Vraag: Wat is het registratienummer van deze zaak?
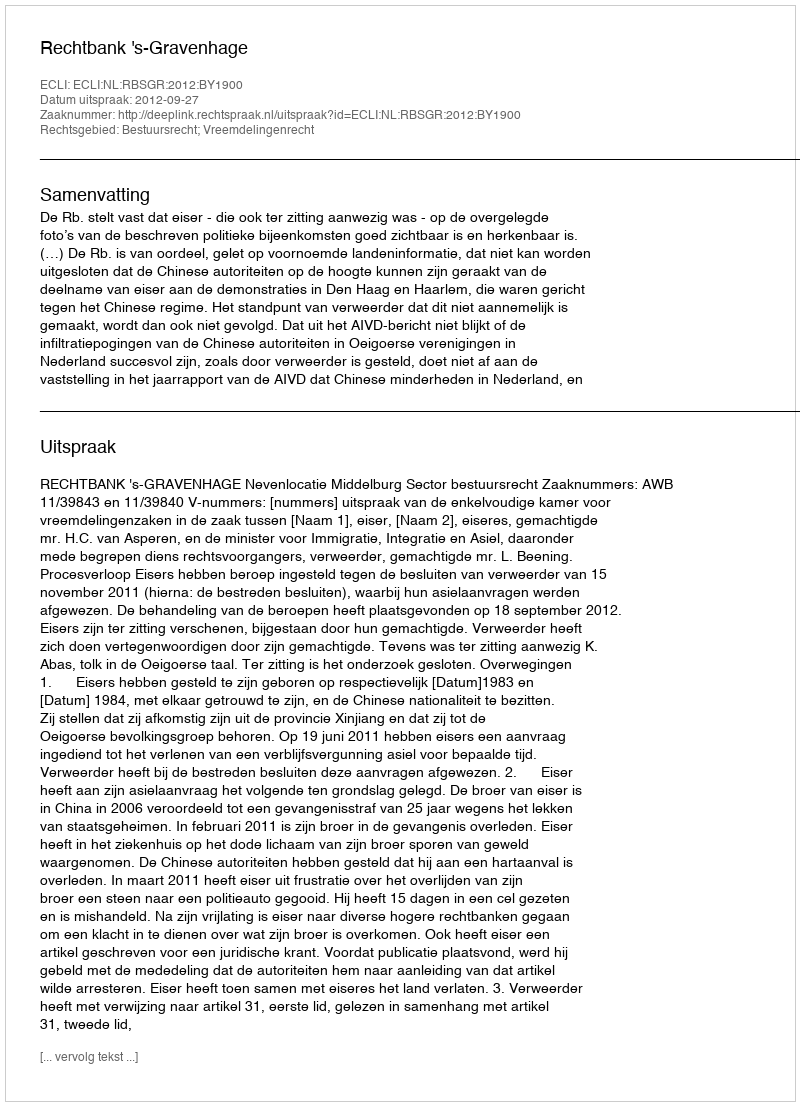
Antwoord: http://deeplink.rechtspraak.nl/uitspraak?id=ECLI:NL:RBSGR:2012:BY1900